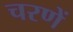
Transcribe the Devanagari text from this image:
चरणें